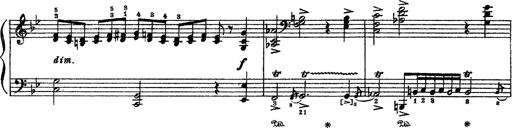
Title: Sarabande und Chaconne aus dem Singspiel
Composer: Franz Liszt